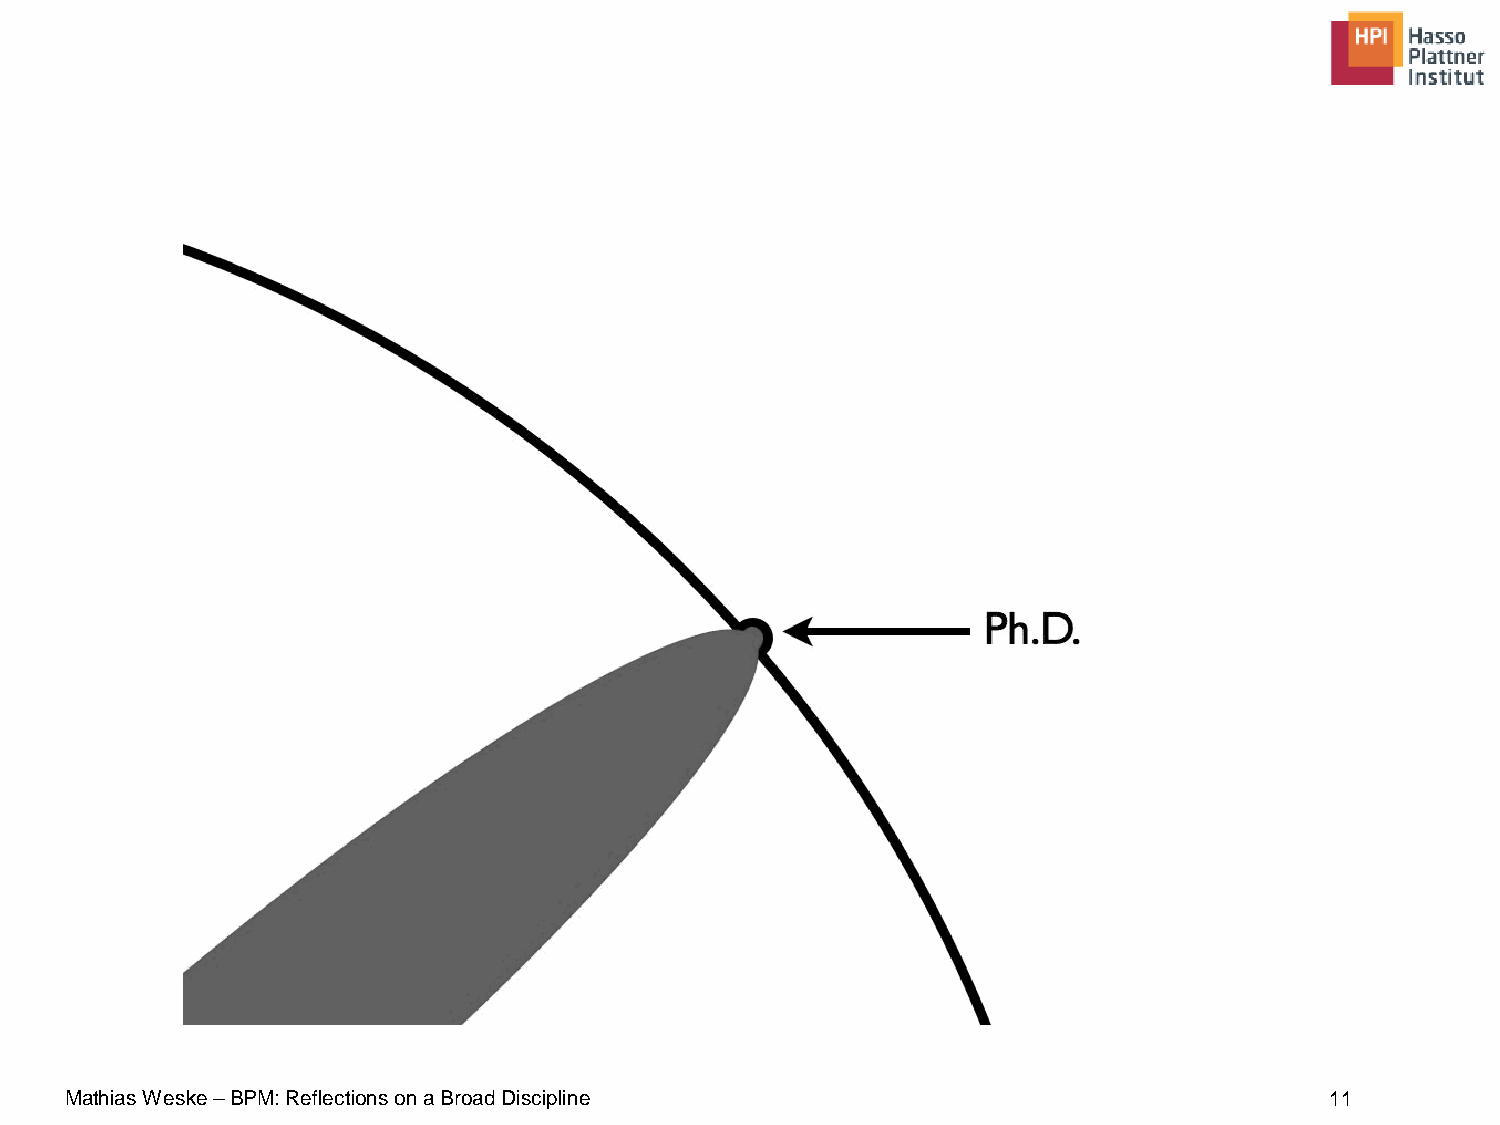
Mathias Weske –BPM: Reflections on a Broad Discipline                               11